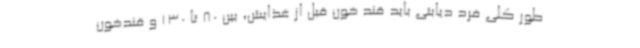
طور کلی فرد دیابتی باید قند خون قبل از غذایش، بین 80 تا 130 و قندخون